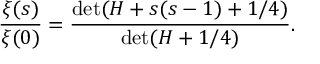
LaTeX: { \frac { \xi ( s ) } { \xi ( 0 ) } } = { \frac { \operatorname* { d e t } ( H + s ( s - 1 ) + 1 / 4 ) } { \operatorname* { d e t } ( H + 1 / 4 ) } } .